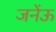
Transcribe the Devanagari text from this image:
जनेंऊ